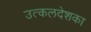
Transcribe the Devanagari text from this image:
उत्कलदेशका